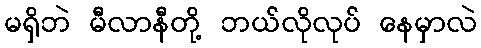
မရှိဘဲ မီလာနီတို့ ဘယ်လိုလုပ် နေမှာလဲ